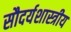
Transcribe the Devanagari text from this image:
सौदर्यशास्त्रीय